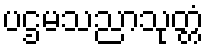
ပဌမသညာသုတ္တံ